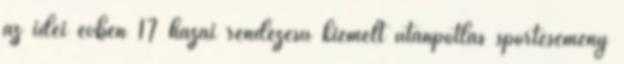
az idei évben 17 hazai rendezésű kiemelt utánpótlás sportesemény